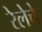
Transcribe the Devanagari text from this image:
रेलेचे